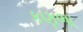
કણભા